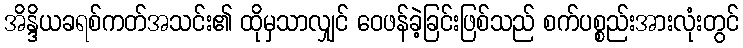
အိန္ဒိယခရစ်ကတ်အသင်း၏ ထိုမှသာလျှင် ဝေဖန်ခဲ့ခြင်းဖြစ်သည် စက်ပစ္စည်းအားလုံးတွင်